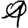
Digit: 1